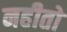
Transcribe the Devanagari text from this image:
नहीतो